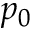
p _ { 0 }